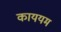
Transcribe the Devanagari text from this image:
काययम